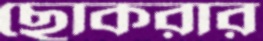
ছোকরার